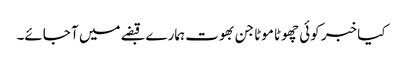
کیا خبر کوئی چھوٹا موٹا جن بھوت ہمارے قبضے میں آ جائے۔